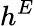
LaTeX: h^{E}